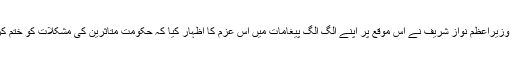
پاکستان کے صدر ممنون حسین اور وزیراعظم نواز شریف نے اس موقع پر اپنے الگ الگ پیغامات میں اس عزم کا اظہار کیا کہ حکومت متاثرین کی مشکلات کو ختم کرنے کے لیے پوری طرح تیار ہے۔